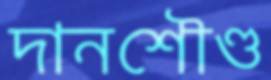
দানশৌণ্ড